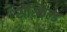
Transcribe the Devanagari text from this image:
रोस्किल्ड